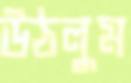
উঠলুম